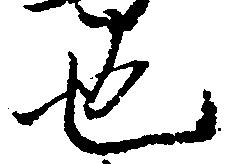
也